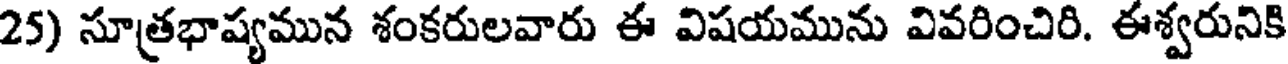
25) సూత్రభాష్యమున శంకరులవారు ఈ విషయమును వివరించిరి. ఈశ్వరునికి